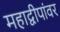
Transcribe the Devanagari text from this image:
महाद्वीपांवर